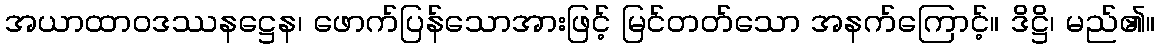
အယာထာဝဒဿနဋ္ဌေန၊ ဖောက်ပြန်သောအားဖြင့် မြင်တတ်သော အနက်ကြောင့်။ ဒိဋ္ဌိ၊ မည်၏။